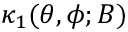
\kappa _ { 1 } ( \theta , \phi ; B )